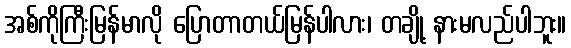
အစ်ကိုကြီးမြန်မာလို ပြောတာတယ်မြန်ပါလား၊ တချို့ နားမလည်ပါဘူး။